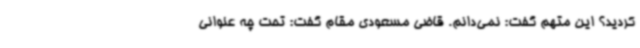
کردید؟ این متهم گفت: نمی‌دانم. قاضی مسعودی مقام گفت: تحت چه عنوانی